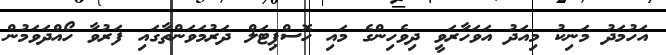
އަހުމަދު މަނިކު މިއަދު އަވަހާރަވީ ދިވެހިންގެ މައި ހޮސްޕިޓަލް ދަރުމަވަންތާގައި ފަރުވާ ހޯއްދަވަމުން